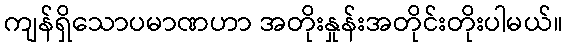
ကျန်ရှိသောပမာဏဟာ အတိုးနှုန်းအတိုင်းတိုးပါမယ်။